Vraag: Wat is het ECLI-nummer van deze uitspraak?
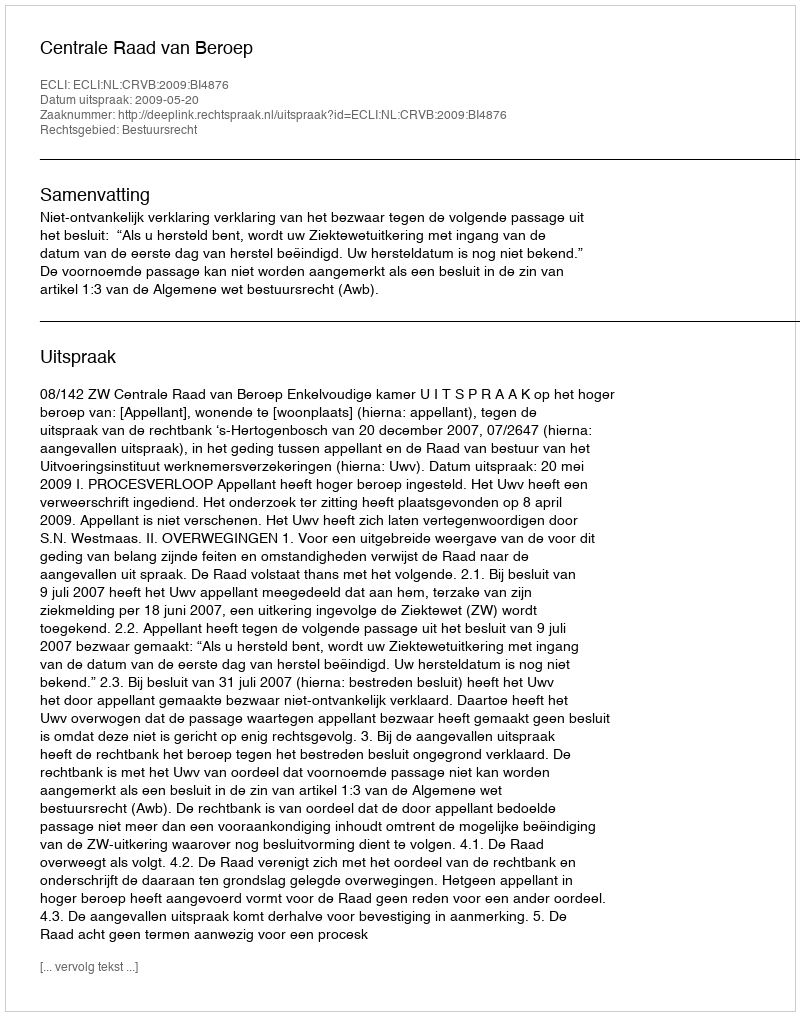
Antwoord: ECLI:NL:CRVB:2009:BI4876